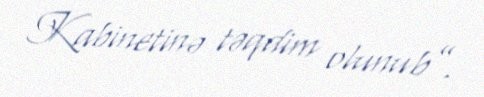
Kabinetinə təqdim olunub”.